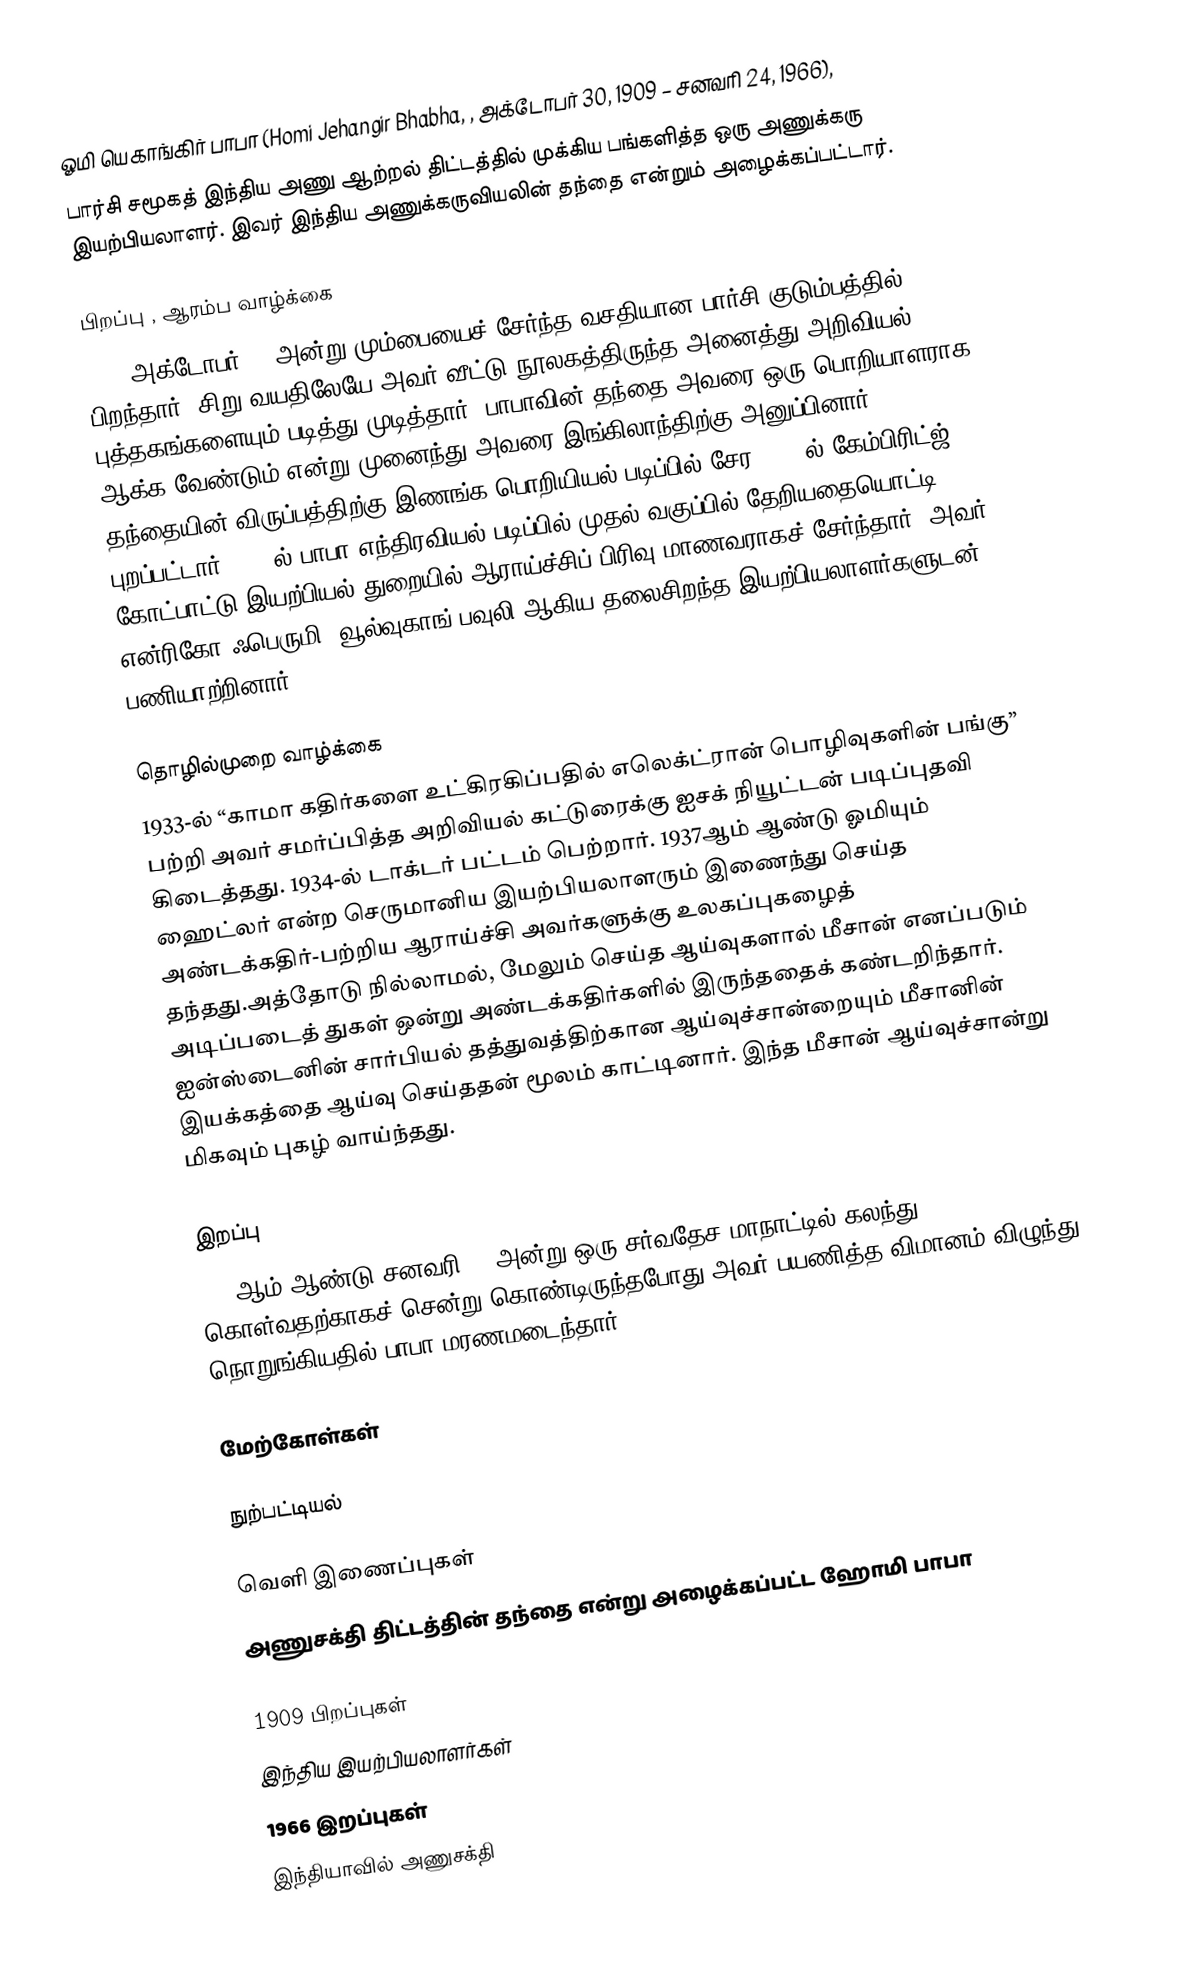
ஓமி யெகாங்கிர் பாபா (Homi Jehangir Bhabha, , அக்டோபர் 30, 1909 – சனவரி 24, 1966),
பார்சி சமூகத் இந்திய அணு ஆற்றல் திட்டத்தில் முக்கிய பங்களித்த ஒரு அணுக்கரு இயற்பியலாளர். இவர் இந்திய அணுக்கருவியலின் தந்தை என்றும் அழைக்கப்பட்டார்.

பிறப்பு , ஆரம்ப வாழ்க்கை
1909 அக்டோபர் 30 அன்று மும்பையைச் சேர்ந்த  வசதியான பார்சி  குடும்பத்தில் பிறந்தார். சிறு வயதிலேயே அவர் வீட்டு நூலகத்திருந்த அனைத்து அறிவியல் புத்தகங்களையும் படித்து முடித்தார். பாபாவின் தந்தை அவரை ஒரு பொறியாளராக ஆக்க வேண்டும் என்று முனைந்து அவரை இங்கிலாந்திற்கு அனுப்பினார். தந்தையின் விருப்பத்திற்கு இணங்க பொறியியல் படிப்பில் சேர 1927-ல் கேம்பிரிட்ஜ் புறப்பட்டார்.1930-ல் பாபா எந்திரவியல் படிப்பில் முதல் வகுப்பில் தேறியதையொட்டி, கோட்பாட்டு இயற்பியல் துறையில் ஆராய்ச்சிப் பிரிவு மாணவராகச் சேர்ந்தார். அவர் என்ரிகோ ஃபெருமி, வூல்வுகாங் பவுலி ஆகிய தலைசிறந்த இயற்பியலாளர்களுடன் பணியாற்றினார்.

தொழில்முறை வாழ்க்கை
1933-ல் “காமா கதிர்களை உட்கிரகிப்பதில் எலெக்ட்ரான் பொழிவுகளின் பங்கு” பற்றி அவர் சமர்ப்பித்த அறிவியல் கட்டுரைக்கு ஐசக் நியூட்டன் படிப்புதவி கிடைத்தது. 1934-ல் டாக்டர் பட்டம் பெற்றார். 1937ஆம் ஆண்டு ஓமியும் ஹைட்லர் என்ற செருமானிய இயற்பியலாளரும் இணைந்து செய்த அண்டக்கதிர்-பற்றிய ஆராய்ச்சி அவர்களுக்கு உலகப்புகழைத் தந்தது.அத்தோடு நில்லாமல், மேலும் செய்த ஆய்வுகளால் மீசான் எனப்படும் அடிப்படைத் துகள் ஒன்று அண்டக்கதிர்களில் இருந்ததைக் கண்டறிந்தார். ஐன்ஸ்டைனின் சார்பியல் தத்துவத்திற்கான ஆய்வுச்சான்றையும் மீசானின் இயக்கத்தை ஆய்வு செய்ததன் மூலம் காட்டினார். இந்த மீசான் ஆய்வுச்சான்று மிகவும் புகழ் வாய்ந்தது.

இறப்பு
1966ஆம் ஆண்டு சனவரி 24 அன்று ஒரு சர்வதேச மாநாட்டில் கலந்து கொள்வதற்காகச் சென்று கொண்டிருந்தபோது அவர் பயணித்த விமானம் விழுந்து நொறுங்கியதில் பாபா மரணமடைந்தார்.

மேற்கோள்கள்

நுற்பட்டியல்

வெளி இணைப்புகள்
அணுசக்தி திட்டத்தின் தந்தை என்று அழைக்கப்பட்ட ஹோமி பாபா

1909 பிறப்புகள்
இந்திய இயற்பியலாளர்கள்
1966 இறப்புகள்
இந்தியாவில் அணுசக்தி